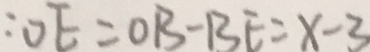
: O E = O B - B E = x - 3